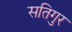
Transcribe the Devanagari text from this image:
सतिगुर